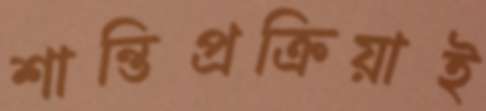
শান্তিপ্রক্রিয়াই